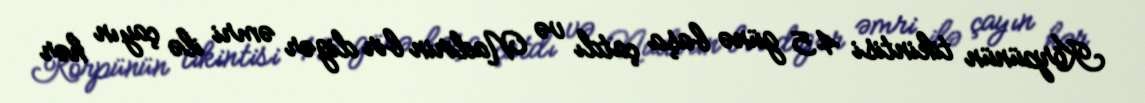
Körpünün tikintisi 45 günə başa çatdı və Nadirin bir digər əmri ilə çayın hər